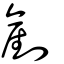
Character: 剷